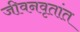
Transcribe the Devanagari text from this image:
जीवनवृतांत